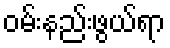
ဝမ်းနည်းဖွယ်ရာ